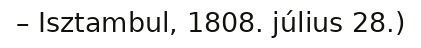
– Isztambul, 1808. július 28.)